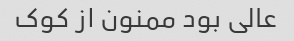
عالی بود ممنون از کوک